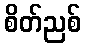
စိတ်ညစ်